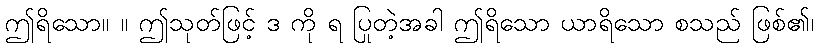
ဤရိသော။ ။ ဤသုတ်ဖြင့် ဒ ကို ရ ပြုတဲ့အခါ ဤရိသော ယာရိသော စသည် ဖြစ်၏၊